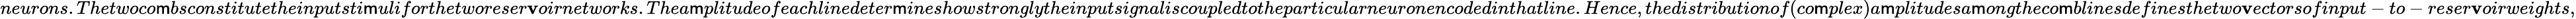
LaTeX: neurons.Thetwoco\mathsf{m}bsconstitutetheinputsti\mathsf{m}uliforthetworeser\mathbf{v}oirnetworks.Thea\mathsf{m}plitudeofeachlinedeter\mathsf{m}ineshowstronglytheinputsignaliscoupledtotheparticularneuronencodedinthatline.Hence,thedistributionof(co\mathsf{m}plex)a\mathsf{m}plitudesa\mathsf{m}ongtheco\mathsf{m}blinesdefinesthetwo\mathbf{v}ectorsofinput-to-reser\mathbf{v}oirweights,